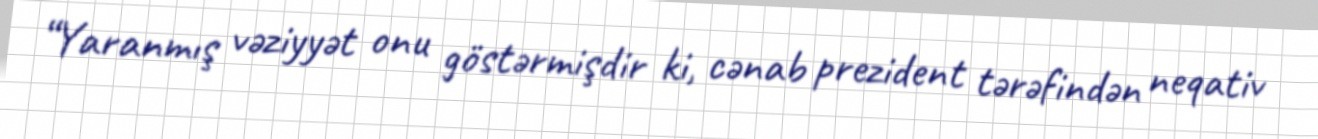
“Yaranmış vəziyyət onu göstərmişdir ki, cənab prezident tərəfindən neqativ